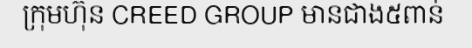
ក្រុមហ៊ុន CREED GROUP មានជាង៥ពាន់